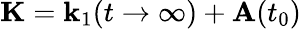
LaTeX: \mathbf{K}=\mathbf{k}_{1}(t\rightarrow\infty)+\mathbf{A}(t_{0})